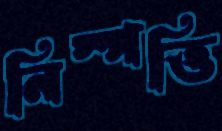
নিস্পত্তি